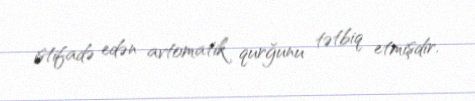
istifadə edən avtomatik qurğunu tətbiq etmişdir.